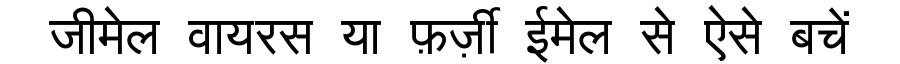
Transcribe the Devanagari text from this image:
जीमेल वायरस या फ़र्ज़ी ईमेल से ऐसे बचें